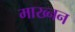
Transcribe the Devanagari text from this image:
माख्नन